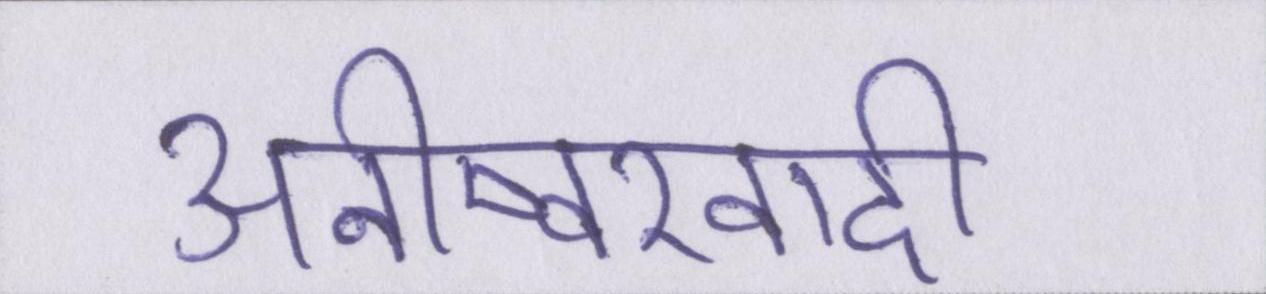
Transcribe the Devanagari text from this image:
अनीष्वरवादी